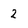
Character: 2